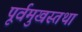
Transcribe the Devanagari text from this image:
पूर्वमुखस्तथा